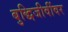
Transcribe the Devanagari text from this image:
बुद्धिजीवींवर